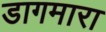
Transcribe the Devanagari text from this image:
डागमारा